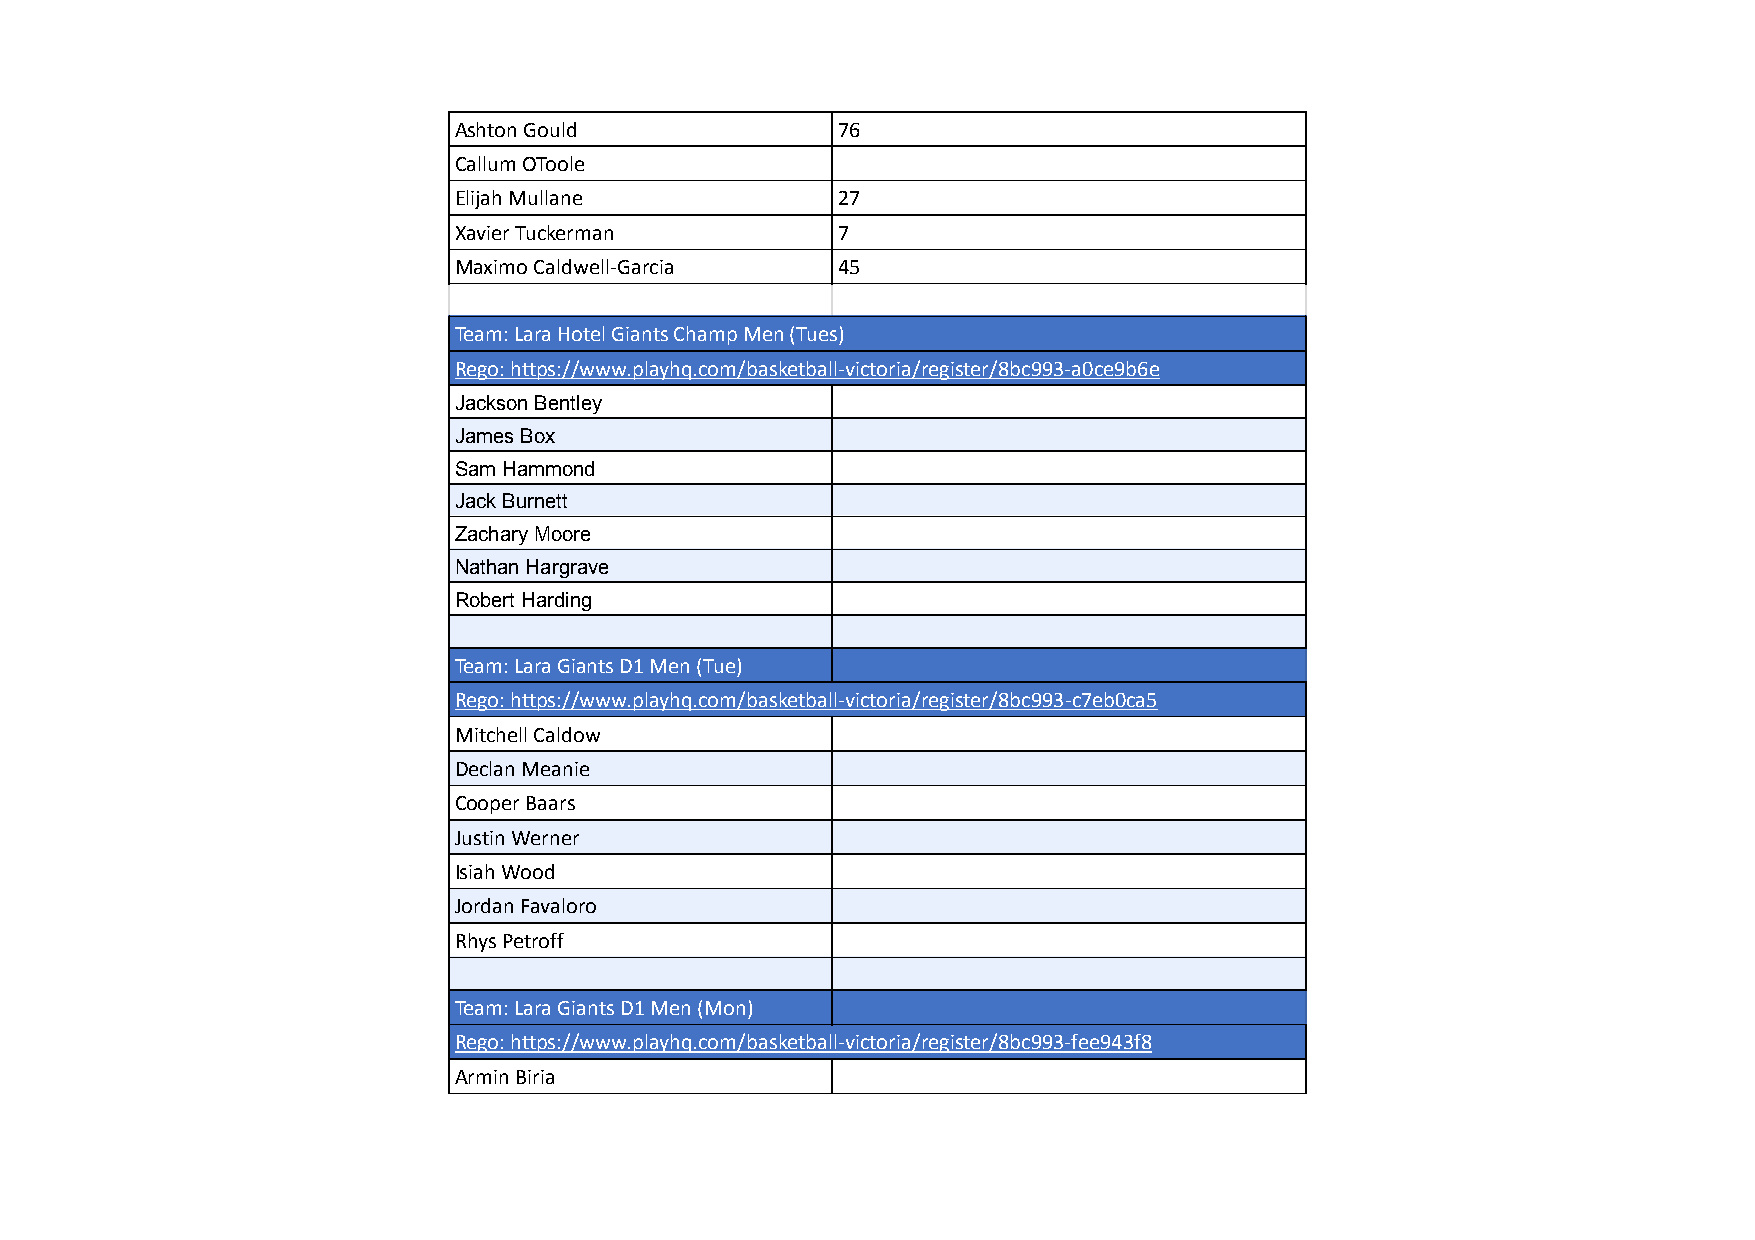
Ashton Gould             76
 Callum OToole
 Elijah Mullane           27
 Xavier Tuckerman         7
 Maximo Caldwell-Garcia   45
 Team: Lara Hotel Giants Champ Men (Tues)
 Rego: https://www.playhq.com/basketball-victoria/register/8bc993-a0ce9b6e
 Jackson Bentley
 James Box
 Sam Hammond
 Jack Burnett
 Zachary Moore
 Nathan Hargrave
 Robert Harding
 Team: Lara Giants D1 Men (Tue)
 Rego: https://www.playhq.com/basketball-victoria/register/8bc993-c7eb0ca5
 Mitchell Caldow
 Declan Meanie
 Cooper Baars
 Justin Werner
 Isiah Wood
 Jordan Favaloro
 Rhys Petroff
 Team: Lara Giants D1 Men (Mon)
 Rego: https://www.playhq.com/basketball-victoria/register/8bc993-fee943f8
 Armin Biria